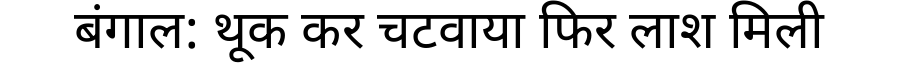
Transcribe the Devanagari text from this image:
बंगाल: थूक कर चटवाया फिर लाश मिली